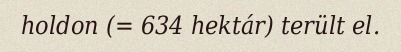
holdon (= 634 hektár) terült el.